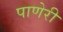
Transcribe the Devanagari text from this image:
पाणेरी